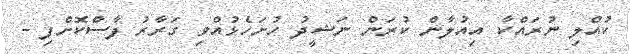
ކުއްލި ނުރައްކާ އިއުލާން ކުރަން ނަޝީދު ހުށަހެޅުއްވި ގަރާރު ފާސްކޮށްފި -